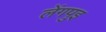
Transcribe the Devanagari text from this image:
लेंगपुइ